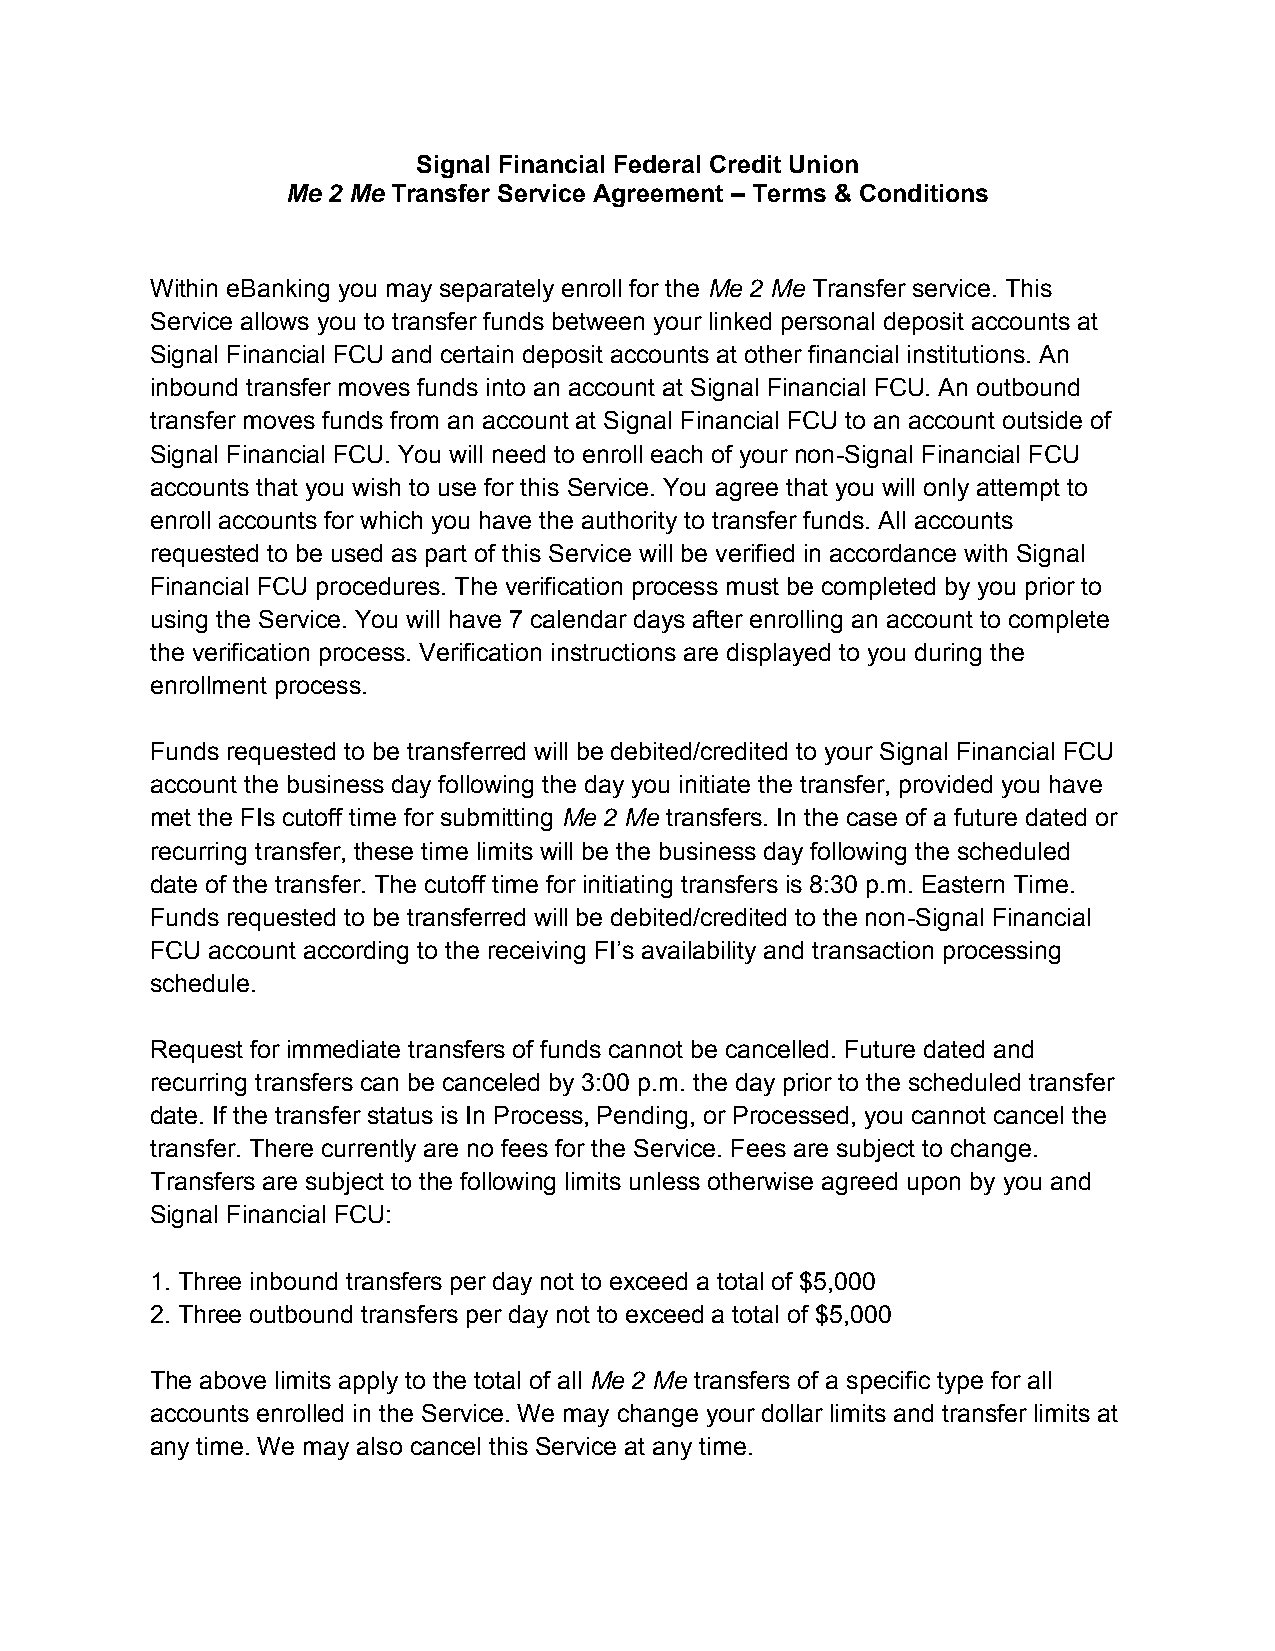
Signal Financial Federal Credit Union
 Me 2 Me Transfer Service Agreement – Terms & Conditions
 Within eBanking you may separately enroll for the Me 2 Me Transfer service. This
 Service allows you to transfer funds between your linked personal deposit accounts at
 Signal Financial FCU and certain deposit accounts at other financial institutions. An
 inbound transfer moves funds into an account at Signal Financial FCU. An outbound
 transfer moves funds from an account at Signal Financial FCU to an account outside of
 Signal Financial FCU. You will need to enroll each of your non-Signal Financial FCU
 accounts that you wish to use for this Service. You agree that you will only attempt to
 enroll accounts for which you have the authority to transfer funds. All accounts
 requested to be used as part of this Service will be verified in accordance with Signal
 Financial FCU procedures. The verification process must be completed by you prior to
 using the Service. You will have 7 calendar days after enrolling an account to complete
 the verification process. Verification instructions are displayed to you during the
 enrollment process.
 Funds requested to be transferred will be debited/credited to your Signal Financial FCU
 account the business day following the day you initiate the transfer, provided you have
 met the FIs cutoff time for submitting Me 2 Me transfers. In the case of a future dated or
 recurring transfer, these time limits will be the business day following the scheduled
 date of the transfer. The cutoff time for initiating transfers is 8:30 p.m. Eastern Time.
 Funds requested to be transferred will be debited/credited to the non-Signal Financial
 FCU account according to the receiving FI’s availability and transaction processing
 schedule.
 Request for immediate transfers of funds cannot be cancelled. Future dated and
 recurring transfers can be canceled by 3:00 p.m. the day prior to the scheduled transfer
 date. If the transfer status is In Process, Pending, or Processed, you cannot cancel the
 transfer. There currently are no fees for the Service. Fees are subject to change.
 Transfers are subject to the following limits unless otherwise agreed upon by you and
 Signal Financial FCU:
 1. Three inbound transfers per day not to exceed a total of $5,000
 2. Three outbound transfers per day not to exceed a total of $5,000
 The above limits apply to the total of all Me 2 Me transfers of a specific type for all
 accounts enrolled in the Service. We may change your dollar limits and transfer limits at
 any time. We may also cancel this Service at any time.